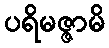
ပရိမဇ္ဇာမိ